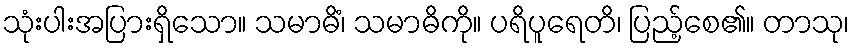
သုံးပါးအပြားရှိသော။ သမာဓိံ၊ သမာဓိကို။ ပရိပူရေတိ၊ ပြည့်စေ၏။ တာသု၊